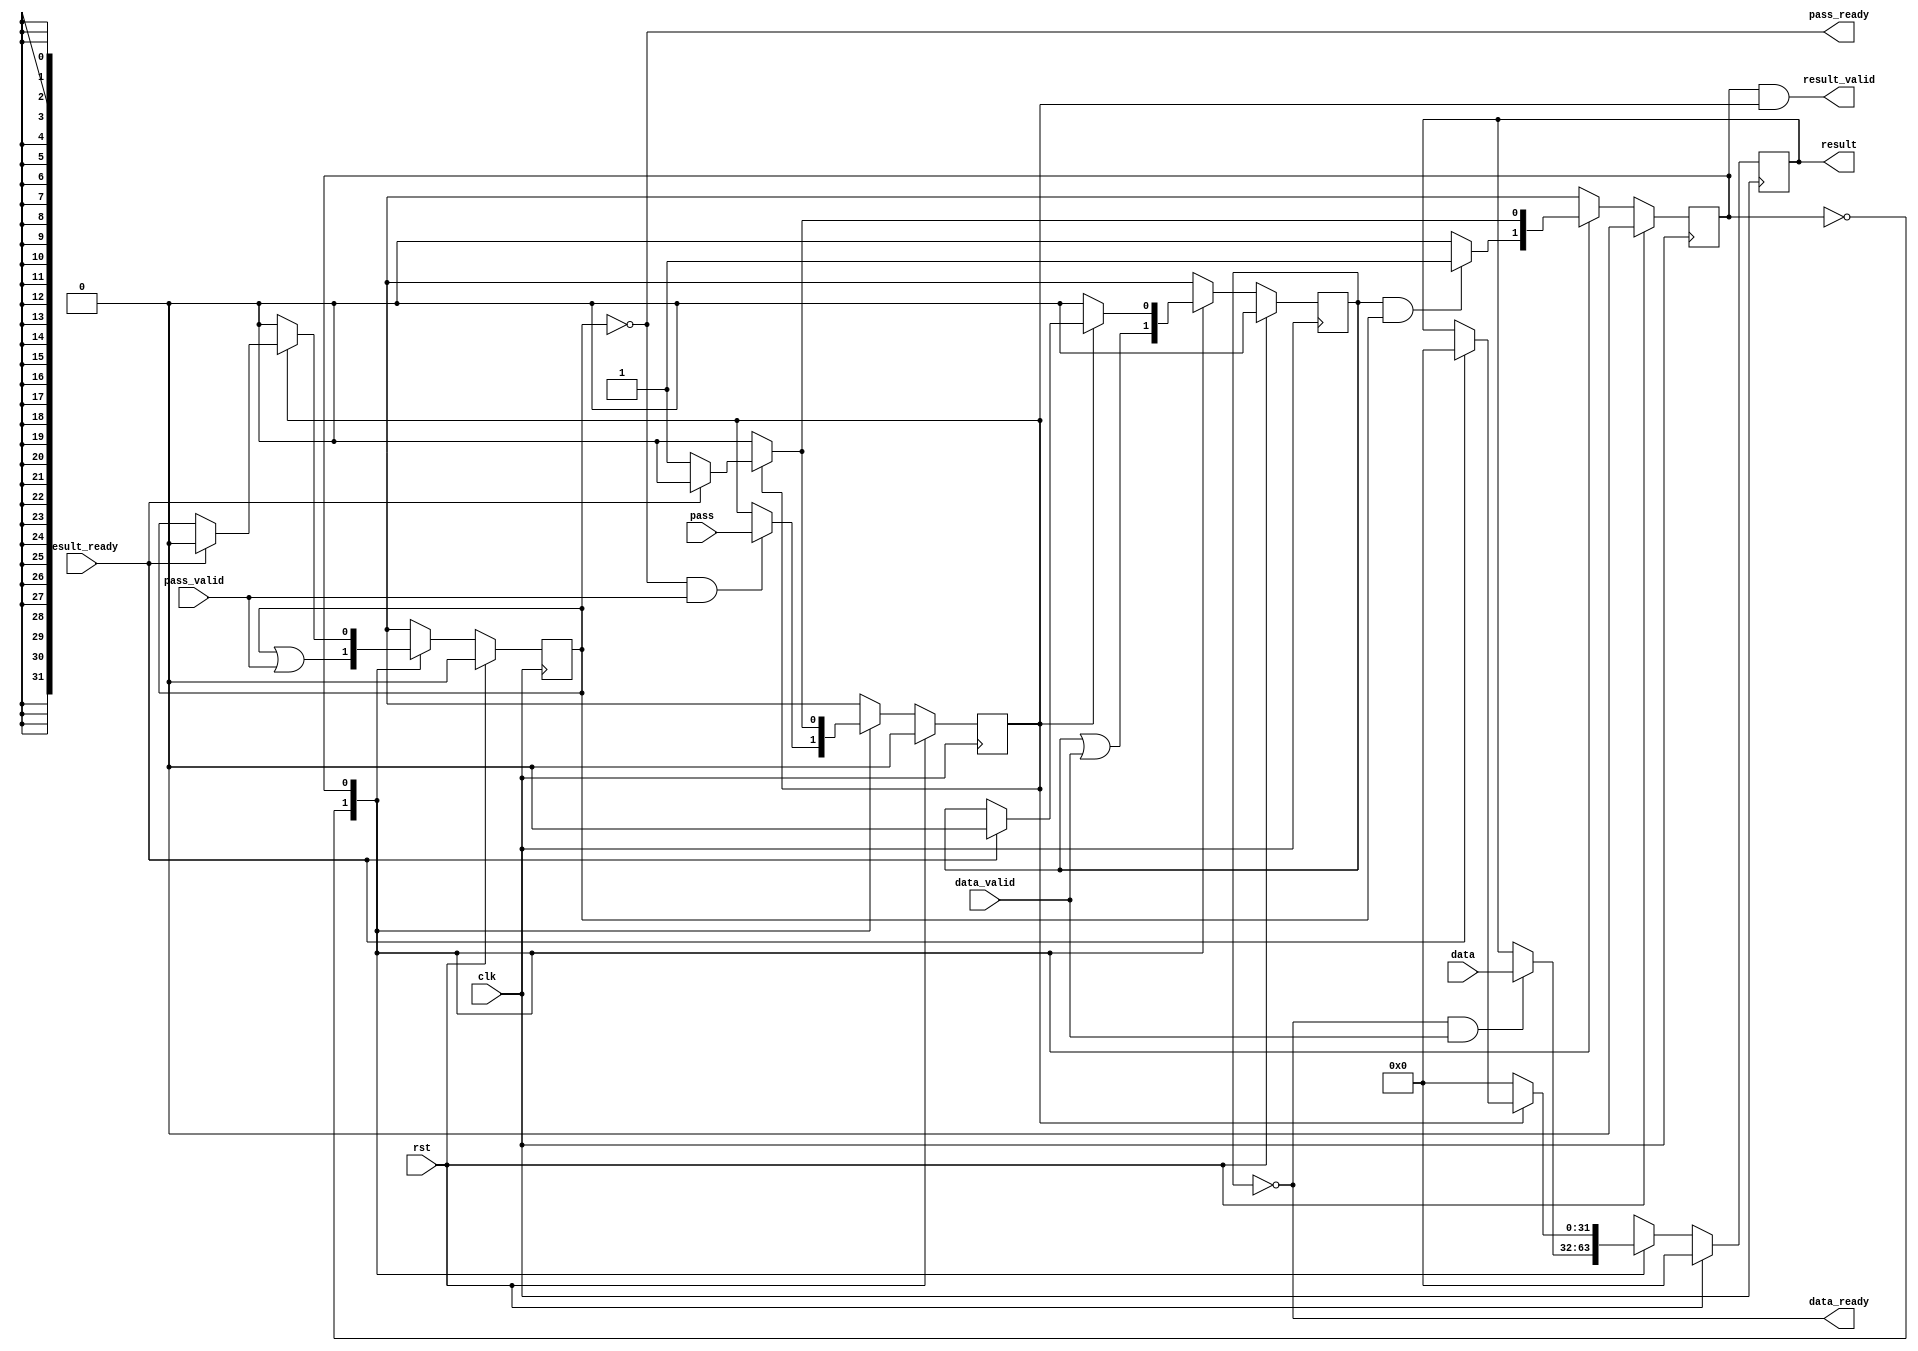
module fifo_gate #(
    parameter DATA_WIDTH = 32
) (
    input clk,
    input rst, 
    input [DATA_WIDTH-1:0]  data,
    input                   data_valid,
    output                  data_ready,
    input                   pass,
    input                   pass_valid,
    output                  pass_ready,
    output [DATA_WIDTH-1:0] result,
    output                  result_valid,
    input                   result_ready
); 

    reg [DATA_WIDTH-1:0] data_buffer;
    reg data_set;
    reg pass_buffer, pass_set;
    

    localparam IDLE=0, DONE=1;
    reg state;

    always @ (posedge clk) begin
        if (rst) begin
            state       <= IDLE;
            data_buffer <= 0;
            data_set    <= 0;
            pass_buffer <= 0;
            pass_set    <= 0;
        end
        else begin
            case (state)
                IDLE: begin
                    state       <= data_set && pass_set ? DONE : IDLE;
                    data_buffer <= !data_set && data_valid ? data : data_buffer;
                    data_set    <= data_set || data_valid;
                    pass_buffer <= !pass_set && pass_valid ? pass : pass_buffer;
                    pass_set    <= pass_set || pass_valid;
                end
                DONE: begin
                    state       <= pass_buffer ? result_ready ? IDLE : DONE        : IDLE;
                    data_buffer <= pass_buffer ? result_ready ? 0    : data_buffer : 0;
                    data_set    <= pass_buffer ? result_ready ? 0    : data_set    : 0;
                    pass_buffer <= pass_buffer ? result_ready ? 0    : pass_buffer : 0;
                    pass_set    <= pass_buffer ? result_ready ? 0    : pass_set    : 0;
                end
            endcase
        end
    end
    
    assign data_ready = !data_set;
    assign pass_ready = !pass_set;
    assign result     = data_buffer;
    assign result_valid = state == DONE && pass_buffer; // only valid if pass set

endmodule